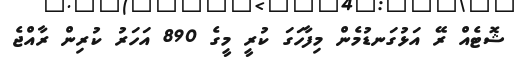
ޝޮޓެއް ރޭ އަޅުގަނޑުމެން މިފާހަގަ ކުރީ މީގެ 890 އަހަރު ކުރިން ރާއްޖެ